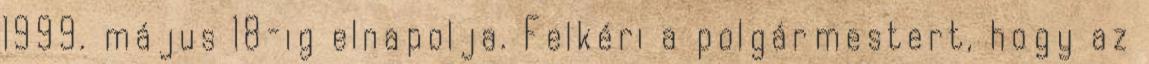
1999. május 18-ig elnapolja. Felkéri a polgármestert, hogy az